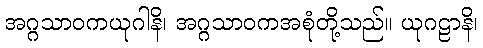
အဂ္ဂသာဝကယုဂါနိ၊ အဂ္ဂသာဝကအစုံတို့သည်။ ယုဂဠာနိ၊